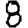
Digit: 8